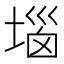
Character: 堖